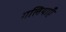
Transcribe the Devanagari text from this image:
गलियाएँ